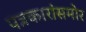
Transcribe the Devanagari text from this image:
पत्रकारांसमोर